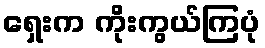
ရှေးက ကိုးကွယ်ကြပုံ